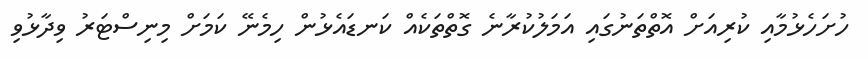
ހުށަހެޅުމާއި ކުރިއަށް އޮތްތަނުގައި އަމަލުކުރާނެ ގޮތްތަކެއް ކަނޑައެޅުން ހިމެނޭ ކަމަށް މިނިސްޓަރު ވިދާޅުވި